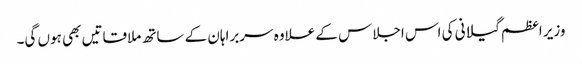
وزیر اعظم گیلانی کی اس اجلاس کے علاوہ سربراہان کے ساتھ ملاقاتیں بھی ہوں گی۔